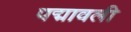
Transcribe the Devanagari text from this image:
पद्मावली